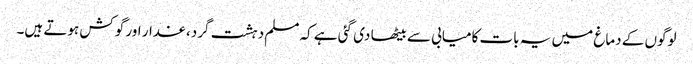
لوگوں کے دماغ میں یہ بات کامیابی سے بیٹھا دی گئی ہے کہ مسلم دہشت گرد، غدار اور گوکش ہوتے ہیں۔